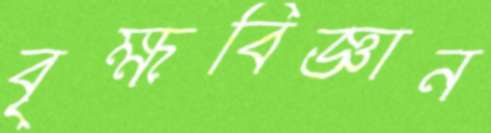
বৃক্ষবিজ্ঞান